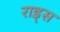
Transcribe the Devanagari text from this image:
राड्स